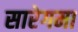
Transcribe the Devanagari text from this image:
सारेगमा